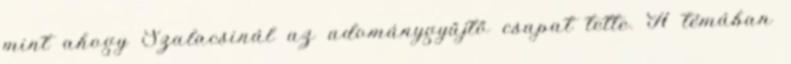
mint ahogy Szalacsinál az adománygyűjtő csapat tette. A témában